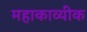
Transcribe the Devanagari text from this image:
महाकाव्यीक